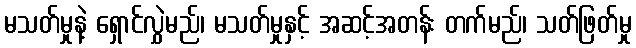
မသတ်မှုနဲ့ ရှောင်လွှဲမည်၊ မသတ်မှုနှင့် အဆင့်အတန်း တက်မည်၊ သတ်ဖြတ်မှု